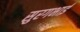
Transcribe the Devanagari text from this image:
सुरगभाई